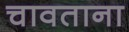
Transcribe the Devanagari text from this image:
चावताना